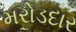
મરોડદાર